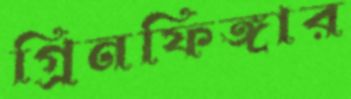
গ্রিনফিঙ্গার